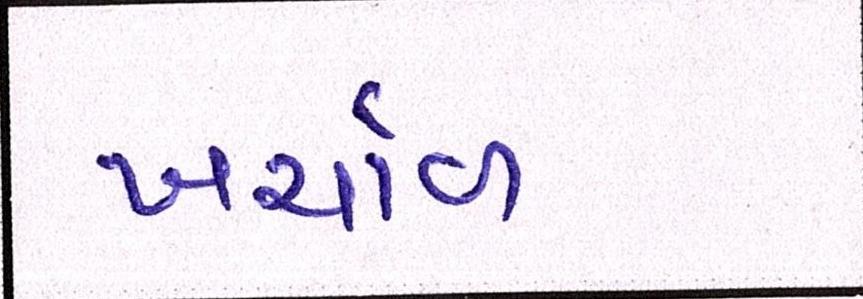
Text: ખર્ચાળ